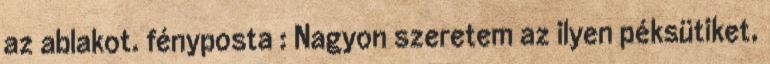
az ablakot. fényposta : Nagyon szeretem az ilyen péksütiket,